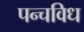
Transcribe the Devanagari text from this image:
पन्चविध